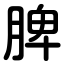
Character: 脾